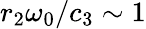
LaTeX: r_{2}\omega_{0}/c_{3}\sim 1